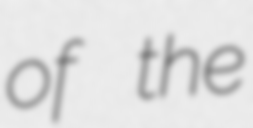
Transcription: of the